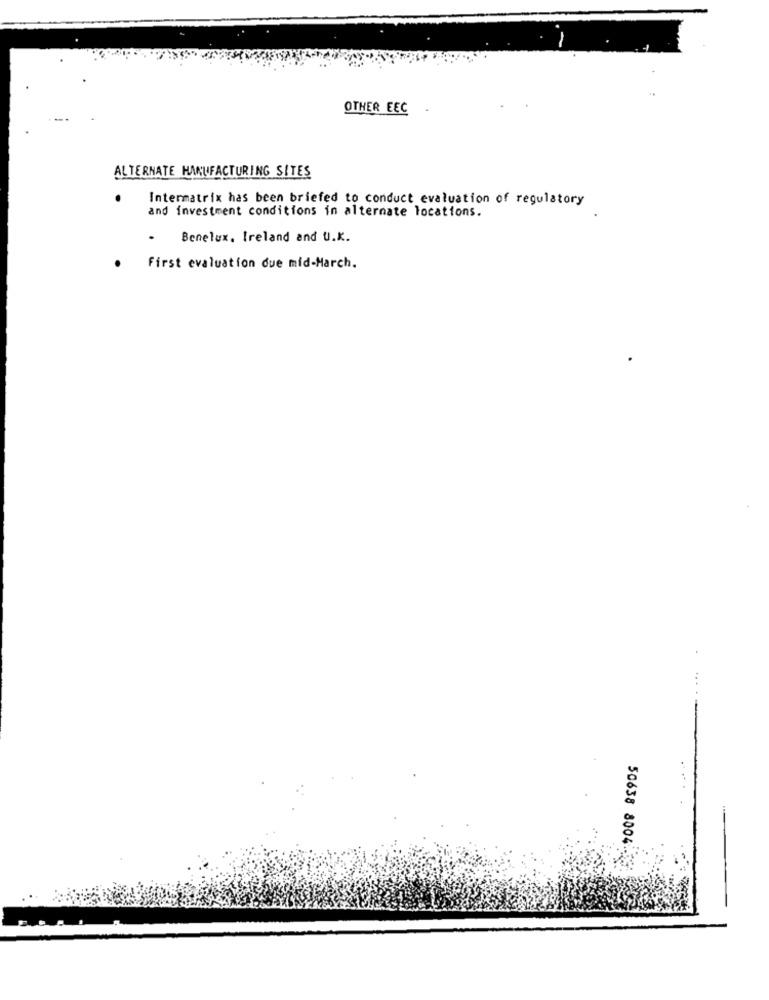
OTHER EEC
ALTERNATE HAKUFACTURING SITES
Intermatrix has been briefed to conduct evaluation of regulatory
and investment conditions in alternate locations.
Benelux, Ireland and U.K.
First evaluation due mid-March.
50638 8004